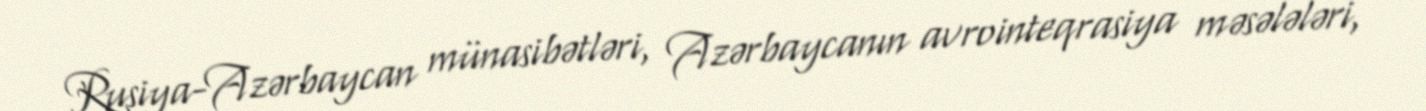
Rusiya-Azərbaycan münasibətləri, Azərbaycanın avrointeqrasiya məsələləri,